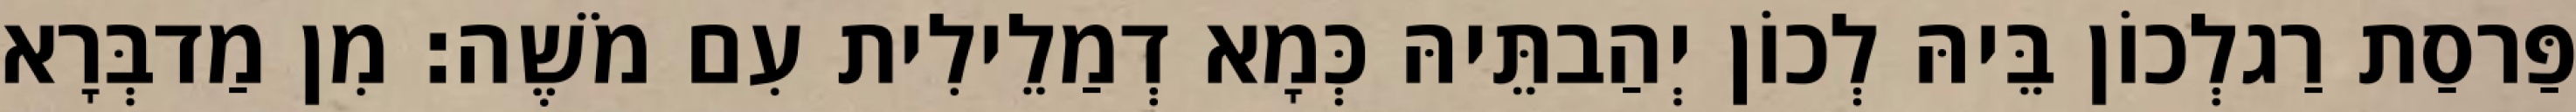
פַּרסַת רַגלְכוֹן בֵּיהּ לְכוֹן יְהַבתֵּיהּ כְּמָא דְמַלֵילִית עִם מֹשֶׁה׃ מִן מַדבְּרָא